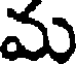
మ